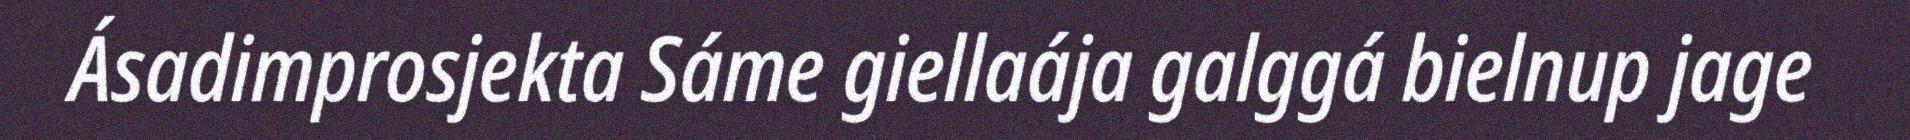
Ásadimprosjekta Sáme giellaája galggá bielnup jage